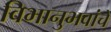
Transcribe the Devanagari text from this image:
विभानुभवांचे